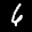
Label: 6